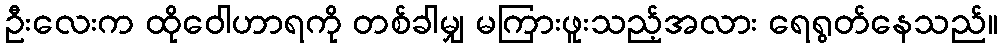
ဦးလေးက ထိုဝေါဟာရကို တစ်ခါမျှ မကြားဖူးသည့်အလား ရေရွတ်နေသည်။